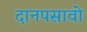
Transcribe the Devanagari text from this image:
दानपसावो